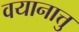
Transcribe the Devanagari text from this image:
वयानात्तु